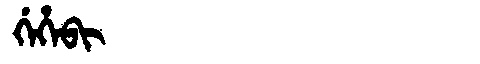
Manchu: ᡤᡝᡥᡝᠪᡳ
Romanization: GEHEBI